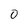
Character: 0